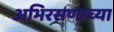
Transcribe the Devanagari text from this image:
अभिरसणाच्या